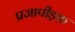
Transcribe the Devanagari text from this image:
प्रजापीड़क